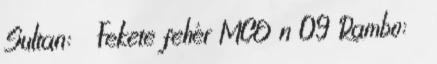
Sultan: ♂ Fekete fehér MCO n 09 Rambo: ♂